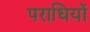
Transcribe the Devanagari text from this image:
पराधियों